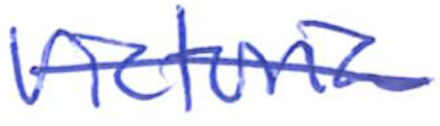
Text: Victoria
Cross-out: single-line
Writing tool: ballpoint